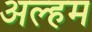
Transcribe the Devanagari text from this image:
अल्हम